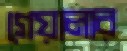
গেয়ালার